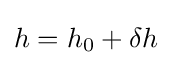
h=h_{0}+\delta h